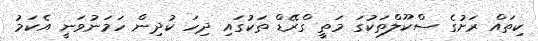
ކިތައް ރަށުގެ ސްކޫލްތަކުގަ މަތީ ގްރޭޑް ތަކުގައި ދިހަ ކުދިން ހަމަނުވަނީ އެކަމު